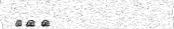
٢١٤